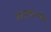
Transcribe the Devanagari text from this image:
कपालाननीय